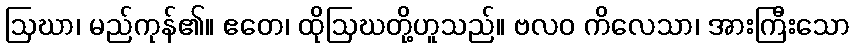
ဩဃာ၊ မည်ကုန်၏။ ဧတေ၊ ထိုဩဃတို့ဟူသည်။ ဗလဝ ကိလေသာ၊ အားကြီးသော